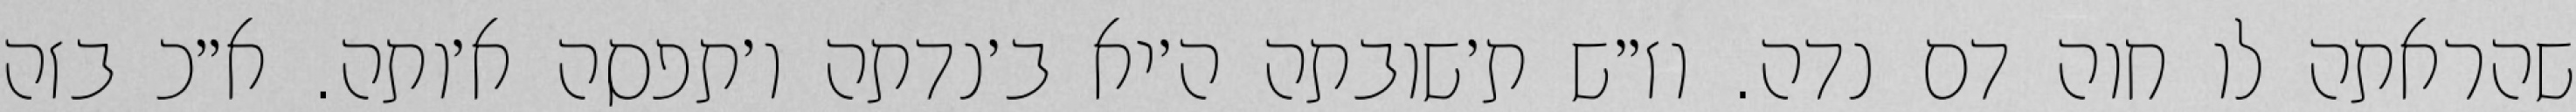
שהראתה לו חוה דם נדה. וז״ש ת׳שובתה ה׳יא ב׳נדתה ו׳תפסה א׳ותה. א״כ בזה